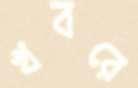
খবরে